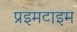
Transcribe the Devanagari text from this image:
प्रइमटाइम